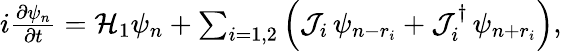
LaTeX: \begin{array}{r}{i\frac{\partial\psi_{n}}{\partial t}=\mathcal{H}_{1}\psi_{n}+\sum_{i=1,2}\left(\mathcal{J}_{i}\, \psi_{n-r_{i}}+\mathcal{J}_{i}^{\dagger}\, \psi_{n+r_{i}}\right),}\end{array}